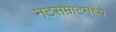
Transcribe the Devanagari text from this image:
नटसम्राटमध्ये